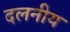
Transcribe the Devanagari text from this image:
दलनीय